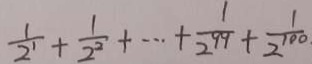
\frac { 1 } { 2 ^ { 1 } } + \frac { 1 } { 2 ^ { 2 } } + \cdots + \frac { 1 } { 2 ^ { 9 9 } } + \frac { 1 } { 2 ^ { 1 0 0 } }